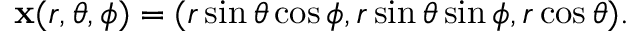
\mathbf { x } ( r , \theta , \phi ) = ( r \sin \theta \cos \phi , r \sin \theta \sin \phi , r \cos \theta ) .